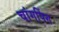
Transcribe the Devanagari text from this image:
चांगपिंग